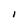
Character: I